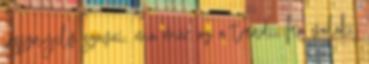
jassznyelv szavai. ma már az a trendi, ha valaki